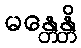
မန္တေန္တိ